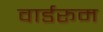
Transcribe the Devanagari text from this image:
वार्डरूम